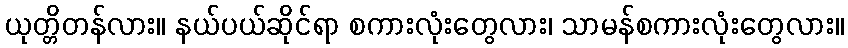
ယုတ္တိတန်လား။ နယ်ပယ်ဆိုင်ရာ စကားလုံးတွေလား၊ သာမန်စကားလုံးတွေလား။